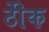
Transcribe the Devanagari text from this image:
ठीेक